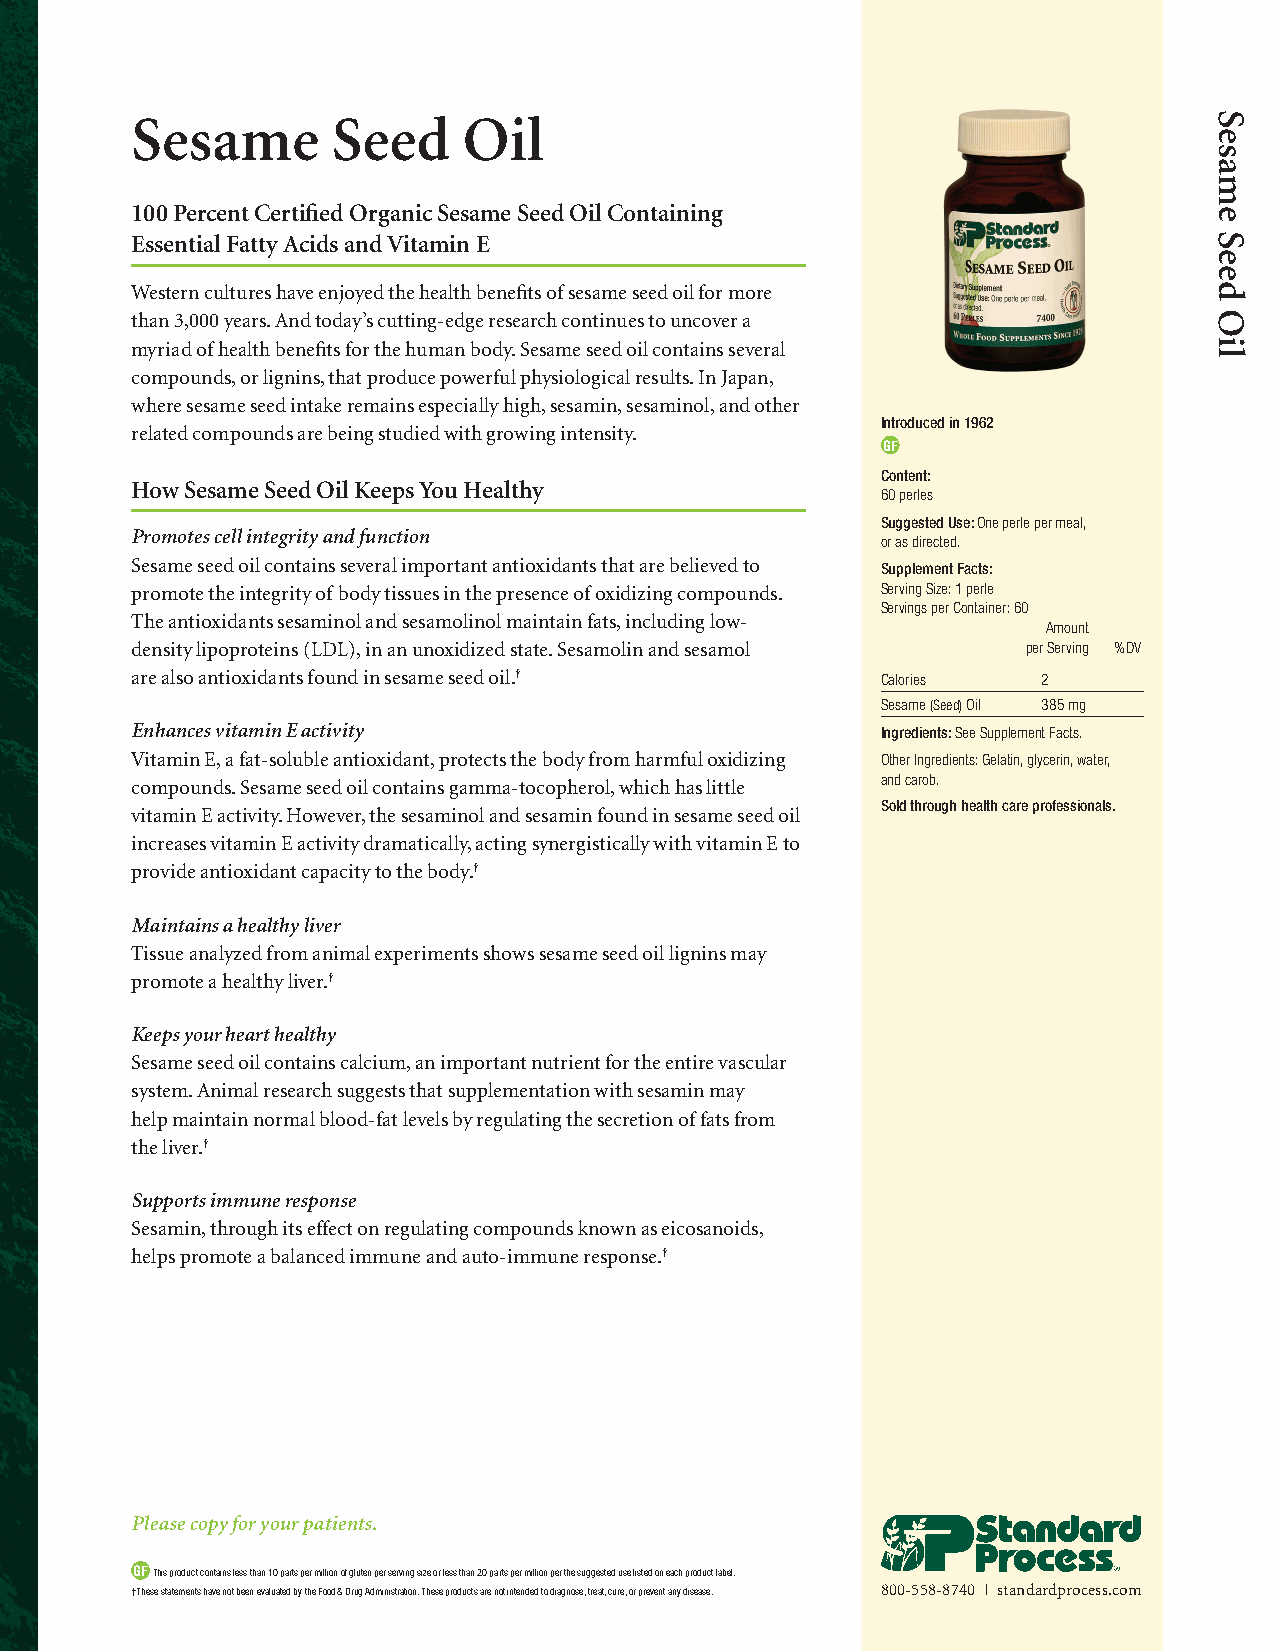
Sesame       Seed     Oil
 100 Percent Certified Organic Sesame Seed Oil Containing
 Essential Fatty Acids and Vitamin E
 Western cultures have enjoyed the health benefits of sesame seed oil for more
 than 3,000 years. And today’s cutting-edge research continues to uncover a
 myriad of health benefits for the human body. Sesame seed oil contains several
 compounds, or lignins, that produce powerful physiological results. In Japan,
 where sesame seed intake remains especially high, sesamin, sesaminol, and other
 Introduced in 1962
 related compounds are being studied with growing intensity.
 GF
 Content:
 How Sesame Seed Oil Keeps You Healthy
 60 perles
 Suggested Use: One perle per meal,
 Promotes cell integrity and function
 or as directed.
 Sesame seed oil contains several important antioxidants that are believed to Supplement Facts:
 promote the integrity of body tissues in the presence of oxidizing compounds. Serving Size: 1 perle
 Servings per Container: 60
 The antioxidants sesaminol and sesamolinol maintain fats, including low-
 Amount
 density lipoproteins (LDL), in an unoxidized state. Sesamolin and sesamol per Serving %DV
 are also antioxidants found in sesame seed oil.† Calories   2
 Sesame (Seed) Oil 385 mg
 Enhances vitamin E activity                      Ingredients: See Supplement Facts.
 Vitamin E, a fat-soluble antioxidant, protects the body from harmful oxidizing Other Ingredients: Gelatin, glycerin, water,
 compounds. Sesame seed oil contains gamma-tocopherol, which has little and carob.
 Sold through health care professionals.
 vitamin E activity. However, the sesaminol and sesamin found in sesame seed oil
 increases vitamin E activity dramatically, acting synergistically with vitamin E to
 provide antioxidant capacity to the body.†
 Maintains a healthy liver
 Tissue analyzed from animal experiments shows sesame seed oil lignins may
 promote a healthy liver.†
 Keeps your heart healthy
 Sesame seed oil contains calcium, an important nutrient for the entire vascular
 system. Animal research suggests that supplementation with sesamin may
 help maintain normal blood-fat levels by regulating the secretion of fats from
 the liver.†
 Supports immune response
 Sesamin, through its effect on regulating compounds known as eicosanoids,
 helps promote a balanced immune and auto-immune response.†
 Please copy for your patients.
 GF This product contains less than 10 parts per million of gluten per serving size or less than 20 parts per million per the suggested use listed on each product label.
 †These statements have not been evaluated by the Food & Drug Administration. These products are not intended to diagnose, treat, cure, or prevent any disease. 800-558-8740 | standardprocess.com
 Sesame
 Seed
 Oil